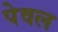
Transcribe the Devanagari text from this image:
पेवल